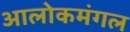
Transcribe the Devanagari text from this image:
आलोकमंगल